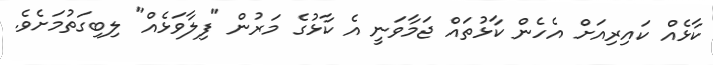
ކާޅެއް ކައިރިއަށް އެހެން ކާޅުތައް ޖަމާވަނީ އެ ކާޅުގެ މަރުން "ފިލާވަޅެއް" ލިބިގަތުމަށެވެ.